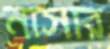
নাসার